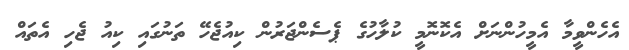
އެހެންވީމާ އެމީހުންނަށް އެކޮނޮމީ ކުލާހުގެ ޕެސެންޖަރުން ކިއުޖެހޭ ތަނުގައި ކިއު ޖެހި އެތައް